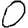
Digit: 0